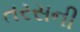
તરસની